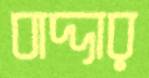
বাদ্দার